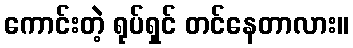
ကောင်းတဲ့ ရုပ်ရှင် တင်နေတာလား။